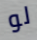
لو